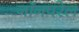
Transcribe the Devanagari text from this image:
नॉनपरेल